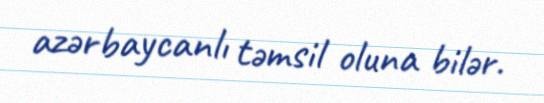
azərbaycanlı təmsil oluna bilər.